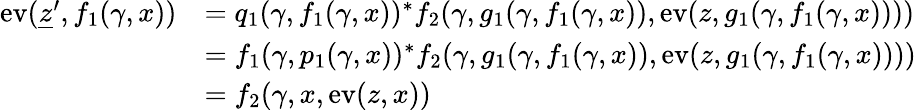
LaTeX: \begin{array}{rl}{\textnormal{ev}(\underline{{z}}^{\prime},f_{1}(\gamma,x))}&{=q_{1}(\gamma,f_{1}(\gamma,x))^{*}f_{2}(\gamma,g_{1}(\gamma,f_{1}(\gamma,x)),\textnormal{ev}(z,g_{1}(\gamma,f_{1}(\gamma,x))))}\\ &{=f_{1}(\gamma,p_{1}(\gamma,x))^{*}f_{2}(\gamma,g_{1}(\gamma,f_{1}(\gamma,x)),\textnormal{ev}(z,g_{1}(\gamma,f_{1}(\gamma,x))))}\\ &{=f_{2}(\gamma,x,\textnormal{ev}(z,x))}\end{array}